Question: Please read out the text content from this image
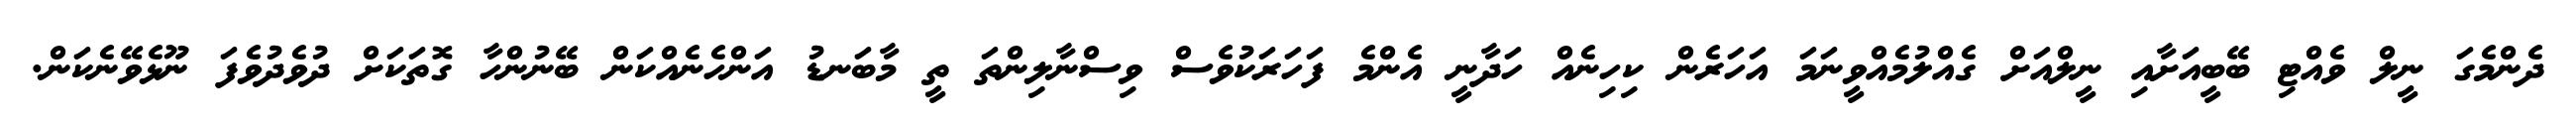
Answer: ދެންމެގަ ނީލް ވެއްޓި ބޭބީއަށާއި ނީލްއަށް ގެއްލުމެއްވީނަމަ އަހަރެން ކިހިނެއް ހަދާނީ އެންމެ ފަހަރަކުވެސް ވިސްނާލިންތަ ތީ މާބަނޑު އަންހެނެއްކަން ބޭނުންހާ ގޮތަކަށް ދުވެދުވެފަ ނޫޅެވޭނެކަން.